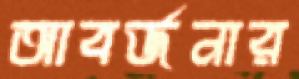
আবর্জনার